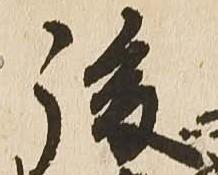
後